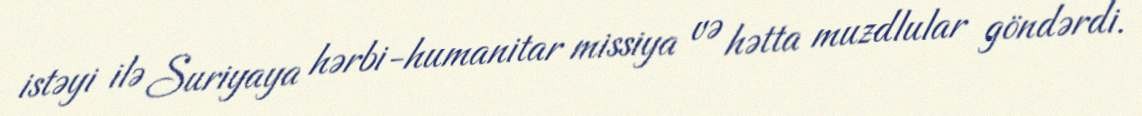
istəyi ilə Suriyaya hərbi-humanitar missiya və hətta muzdlular göndərdi.